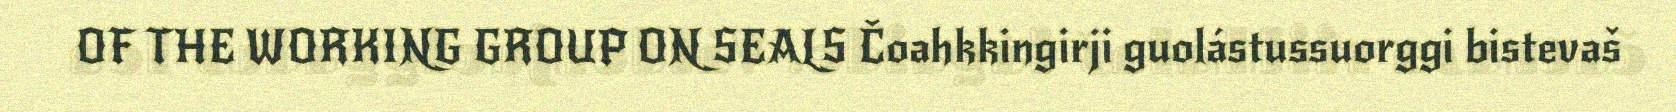
OF THE WORKING GROUP ON SEALS Čoahkkingirji guolástussuorggi bistevaš